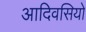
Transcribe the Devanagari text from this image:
आदिवसियो